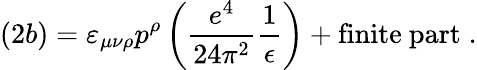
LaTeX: (2b)=\varepsilon_{\mu\nu\rho}p^{\rho}\left(\frac{e^{4}}{24\pi^{2}}\frac{1}{\epsilon}\right)+\mathrm{finite~part}\; .